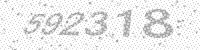
Solution: 592318